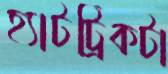
হ্যাটট্রিকটা